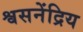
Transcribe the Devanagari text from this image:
श्वसनेंद्रिय